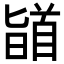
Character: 䭫